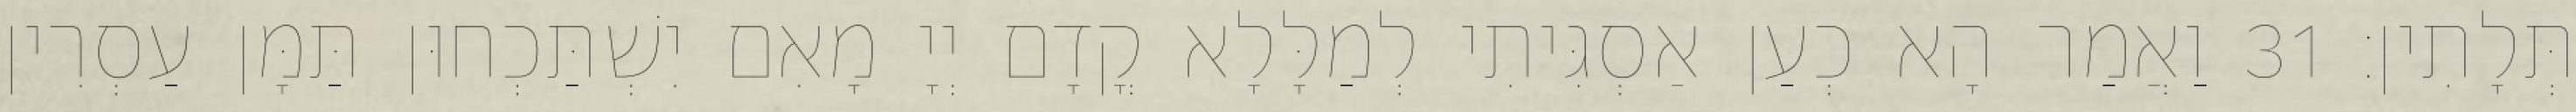
תְּלָתִין׃ 31 וַאֲמַר הָא כְעַן אַסְגִּיתִי לְמַלָּלָא קֳדָם יְיָ מָאִם יִשְׁתַּכְחוּן תַּמָּן עַסְרִין